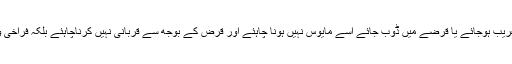
جو ہمیشہ سے قربانی دیتے آرہے اچانک غریب ہوجائے یا قرضے میں ڈوب جائے اسے مایوس نہیں ہونا چاہئے اور قرض کے بوجھ سے قربانی نہیں کرناچاہئے بلکہ فراخی ووسعت کے لئے اللہ سے دعا کرنا چاہئے ۔